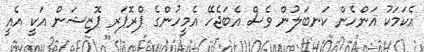
އެކަމަކު އަންހެން ކަނބަލުން ވެސް އެބަޖެހޭ އެމީހުންގެ ޕްރޮޕަރ ޕޮޒިޝަން އަކީ އެއީ